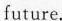
future.